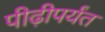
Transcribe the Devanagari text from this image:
पीढ़ीपर्यंत